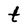
Character: t